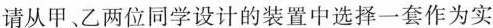
请从甲、乙两位同学设计的装置中选择一套作为实